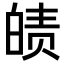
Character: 𤾀